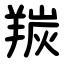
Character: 羰